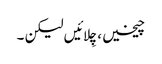
چیخیں، چِلائیں لیکن ۔